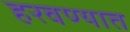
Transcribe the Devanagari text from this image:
हरवण्यात